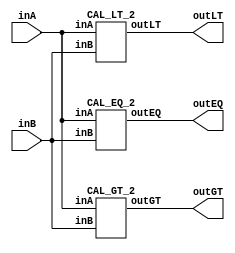
/* CSED273 lab experiment 2 */
/* lab2_2.v */

/* Simplifed equation by K-Map method
 * You are allowed to use keword "assign" and operator "&","|","~",
 * or just implement with gate-level-modeling (and, or, not) */
module lab2_2(
    output wire outGT, outEQ, outLT,
    input wire [1:0] inA,
    input wire [1:0] inB
    );

    CAL_GT_2 cal_gt2(outGT, inA, inB);
    CAL_EQ_2 cal_eq2(outEQ, inA, inB);
    CAL_LT_2 cal_lt2(outLT, inA, inB);

endmodule

/* Implement output about "A>B" */
module CAL_GT_2(
    output wire outGT,
    input wire [1:0] inA,
    input wire [1:0] inB
    );

    ////////////////////////
    /* Add your code here */
    wire epi, pi1, pi2;
    assign epi = inA[1] & ~inB[1]; // EPI
    assign pi1 = inA[0] & ~inB[1] & ~inB[0]; // PI
    assign pi2 = inA[1] & inA[0] & ~inB[0]; // PI
    
    assign outGT = epi | pi1 | pi2;
    ////////////////////////

endmodule

/* Implement output about "A=B" */
module CAL_EQ_2(
    output wire outEQ,
    input wire [1:0] inA, 
    input wire [1:0] inB
    );

    ////////////////////////
    /* Add your code here */
    
    // Minterm form : A1A0B1B0
    wire m0, m5, m10, m15;
    
    // Subwire to make minterm
    wire m0A, m0B;
    wire m5A, m5B;
    wire m10A, m10B;
    wire m15A, m15B;
    
    // Make m0 term
    assign m0A = ~inA[1] & ~inA[0];
    assign m0B = ~inB[1] & ~inB[0];
    assign m0 = m0A & m0B;
    
    // Make m5 term
    assign m5A = ~inA[1] & inA[0];
    assign m5B = ~inB[1] & inB[0];
    assign m5 = m5A & m5B;
    
    // Make m10 term
    assign m10A = inA[1] & inA[0];
    assign m10B = inB[1] & inB[0];
    assign m10 = m10A & m10B;
    
    // Make m15A
    assign m15A = inA[1] & ~inA[0];
    assign m15B = inB[1] & ~inB[0];
    assign m15 = m15A & m15B;
    
    // Output
    assign outEQ = m0 | m5 | m10 | m15;
    
    ////////////////////////

endmodule

/* Implement output about "A<B" */
module CAL_LT_2(
    output wire outLT,
    input wire [1:0] inA, 
    input wire [1:0] inB
    );

    ////////////////////////
    /* Add your code here */
    wire epi, pi1, pi2;
    assign epi = ~inA[1] & inB[1]; // EPI
    assign pi1 = ~inA[1] & ~inA[0] & inB[0]; // PI
    assign pi2 = ~inA[0] & inB[1] & inB[0]; // PI
    
    assign outLT = epi | pi1 | pi2;
    ////////////////////////

endmodule